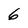
Character: 6